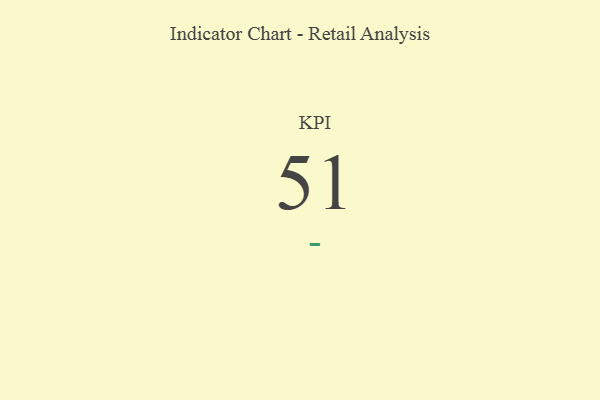
{"axis": {"x": "KPI", "y": "Value"}, "legend": [""], "data": [{"x": "KPI", "y": 51, "type": ""}]}